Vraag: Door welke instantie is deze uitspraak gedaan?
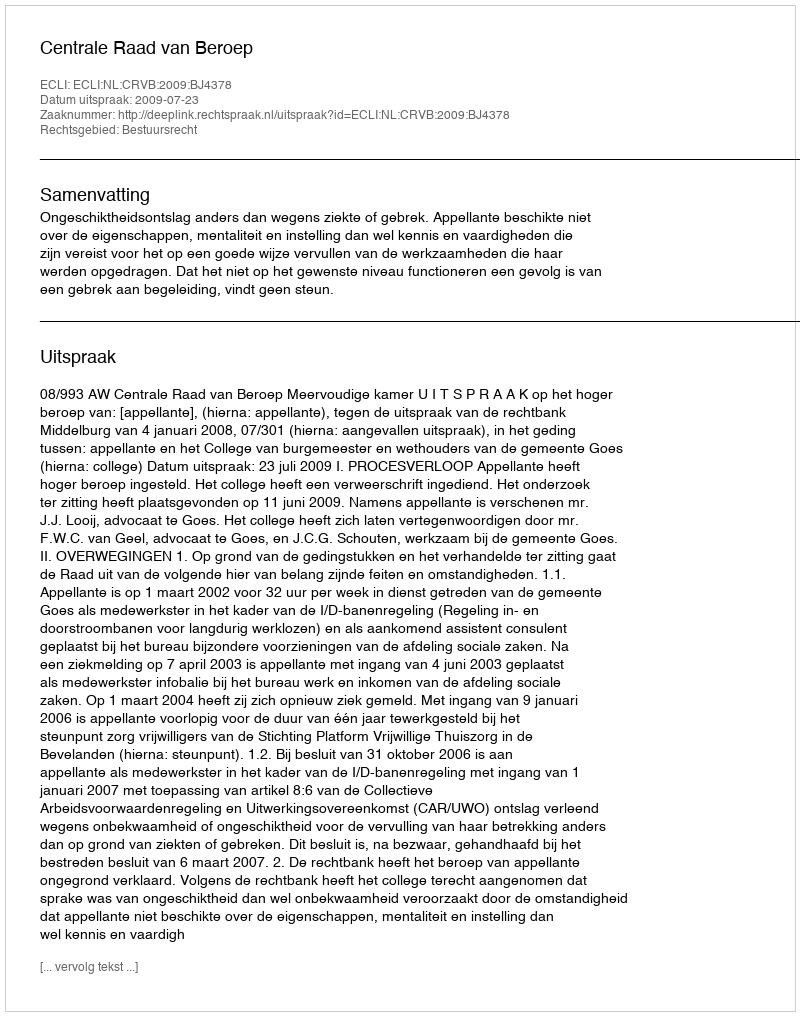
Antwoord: Centrale Raad van Beroep